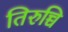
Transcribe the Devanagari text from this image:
तिरुच्चि